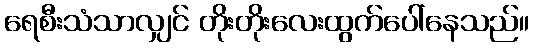
ရေစီးသံသာလျှင် တိုးတိုးလေးထွက်ပေါ်နေသည်။